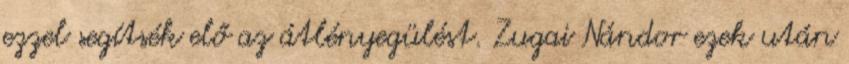
ezzel segítsék elő az átlényegülést. Zugai Nándor ezek után